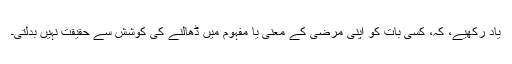
یاد رکھیے، کہ، کِسی بات کو اپنی مرضی کے معنی ٰیا مفہوم میں ڈھالنے کی کوشش سے حقیقت نہیں بدلتی۔